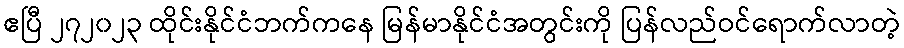
ဧပြီ ၂၇၂၀၂၃ ထိုင်းနိုင်ငံဘက်ကနေ မြန်မာနိုင်ငံအတွင်းကို ပြန်လည်ဝင်ရောက်လာတဲ့